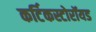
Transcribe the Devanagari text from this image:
कर्टिकस्टोरॉयड